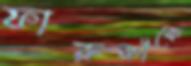
ফারুকীকে